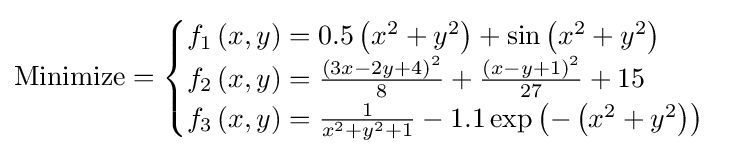
{\text{Minimize}}={\begin{cases}f_{1}\left(x,y\right)=0.5\left(x^{2}+y^{2}\right)+\sin \left(x^{2}+y^{2}\right)\\f_{2}\left(x,y\right)={\frac {\left(3x-2y+4\right)^{2}}{8}}+{\frac {\left(x-y+1\right)^{2}}{27}}+15\\f_{3}\left(x,y\right)={\frac {1}{x^{2}+y^{2}+1}}-1.1\exp \left(-\left(x^{2}+y^{2}\right)\right)\\\end{cases}}